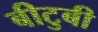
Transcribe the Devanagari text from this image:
बीटुबी